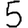
Digit: 5